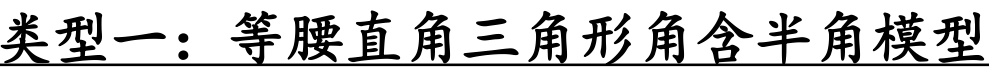
类型一：等腰直角三角形角含半角模型